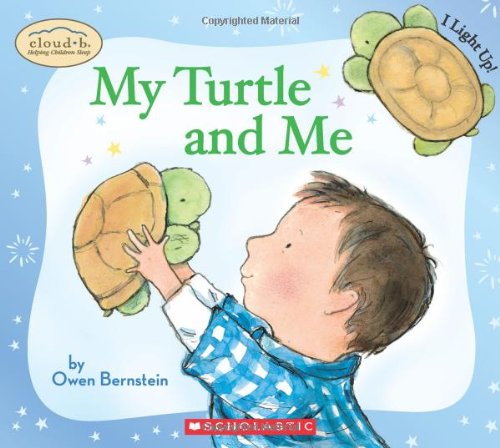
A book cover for My Turtle and Me (Cloud B); Owen Bernstein; Children's Books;